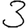
Digit: 3